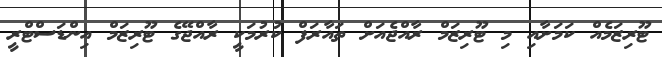
ޓޫރިޒަމެއް ކަމަށާއި މި ޓޫރިޒަމް ރާއްޖެއަށް ތައާރަފް ކުރުމަކީ ރާއްޖޭގެ ޓޫރިޒަމް އިންޑަސްޓްރީ